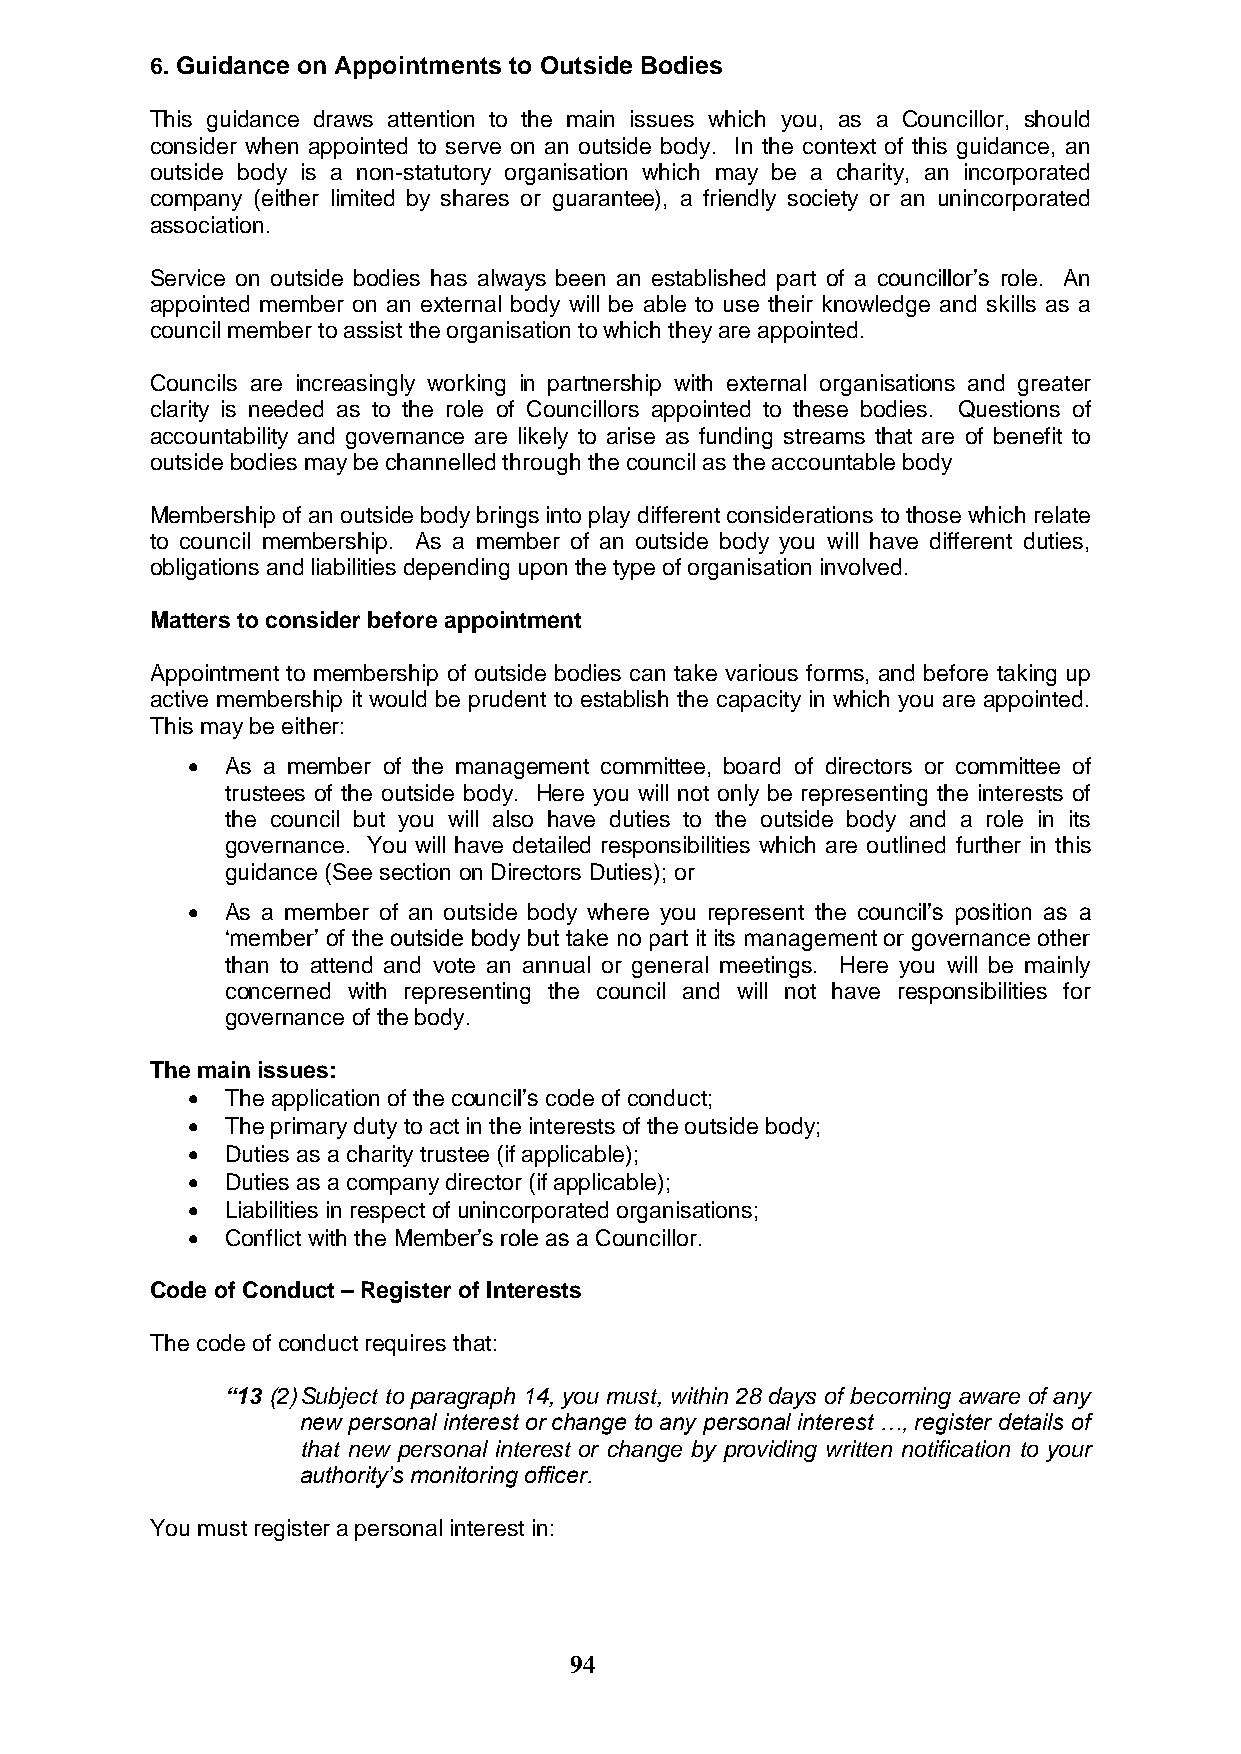
6. Guidance on Appointments to Outside Bodies
 This guidance draws attention to the main issues which you, as a Councillor, should
 consider when appointed to serve on an outside body. In the context of this guidance, an
 outside body is a non-statutory organisation which may be a charity, an incorporated
 company (either limited by shares or guarantee), a friendly society or an unincorporated
 association.
 Service on outside bodies has always been an established part of a councillor‟s role. An
 appointed member on an external body will be able to use their knowledge and skills as a
 council member to assist the organisation to which they are appointed.
 Councils are increasingly working in partnership with external organisations and greater
 clarity is needed as to the role of Councillors appointed to these bodies. Questions of
 accountability and governance are likely to arise as funding streams that are of benefit to
 outside bodies may be channelled through the council as the accountable body
 Membership of an outside body brings into play different considerations to those which relate
 to council membership. As a member of an outside body you will have different duties,
 obligations and liabilities depending upon the type of organisation involved.
 Matters to consider before appointment
 Appointment to membership of outside bodies can take various forms, and before taking up
 active membership it would be prudent to establish the capacity in which you are appointed.
 This may be either:
   As a member of the management committee, board of directors or committee of
 trustees of the outside body. Here you will not only be representing the interests of
 the council but you will also have duties to the outside body and a role in its
 governance. You will have detailed responsibilities which are outlined further in this
 guidance (See section on Directors Duties); or
   As a member of an outside body where you represent the council‟s position as a
 „member‟ of the outside body but take no part it its management or governance other
 than to attend and vote an annual or general meetings. Here you will be mainly
 concerned with representing the council and will not have responsibilities for
 governance of the body.
 The main issues:
   The application of the council‟s code of conduct;
   The primary duty to act in the interests of the outside body;
   Duties as a charity trustee (if applicable);
   Duties as a company director (if applicable);
   Liabilities in respect of unincorporated organisations;
   Conflict with the Member‟s role as a Councillor.
 Code of Conduct – Register of Interests
 The code of conduct requires that:
 “13 (2) Subject to paragraph 14, you must, within 28 days of becoming aware of any
 new personal interest or change to any personal interest …, register details of
 that new personal interest or change by providing written notification to your
 authority‟s monitoring officer.
 You must register a personal interest in:
 94